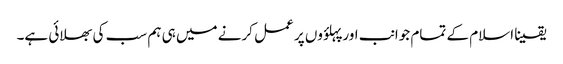
یقینا اسلام کے تمام جوانب اور پہلؤوں پر عمل کرنے میں ہی ہم سب کی بھلائی ہے۔